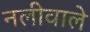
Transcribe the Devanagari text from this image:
नलीवाले